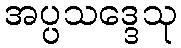
အပ္ပသဒ္ဒေသု